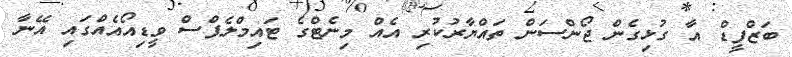
ބަޒްފީޑް އާ ގުޅިގެން ޖޯންސަން ތައްޔާރުކުރި އެއް މިނެޓްގެ ޓައިމްލެޕްސް ވީޑިއޯއެއްގައި އޭނާ